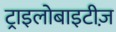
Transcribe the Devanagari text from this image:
ट्राइलोबाइटीज़